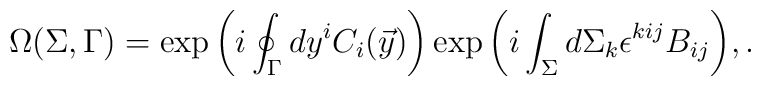
\Omega(\Sigma,\Gamma)=\exp{\left(i\oint_\Gamma dy^iC_i(\vec y)\right)}\exp{\left(i\int_\Sigma d\Sigma_k\epsilon^{kij}B_{ij}\right)},.